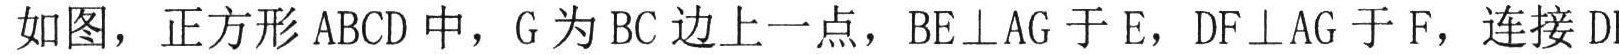
如图，正方形 \(ABCD\) 中，\(G\) 为 \(BC\) 边上一点，\(BE\perp AG\) 于 \(E\)，\(DF\perp AG\) 于 \(F\)，连接 \(D\)